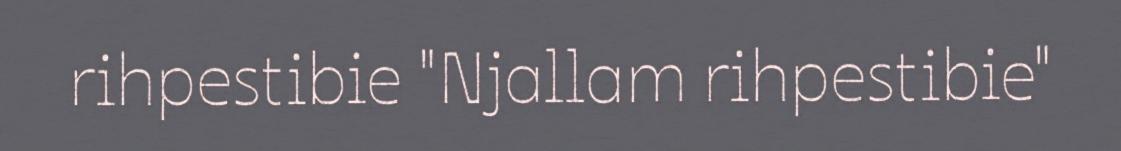
rihpestibie "Njallam rihpestibie"